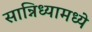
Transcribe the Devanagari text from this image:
सान्निध्यामध्ये